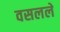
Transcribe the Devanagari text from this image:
वसलले